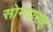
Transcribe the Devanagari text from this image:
सोन्यासह